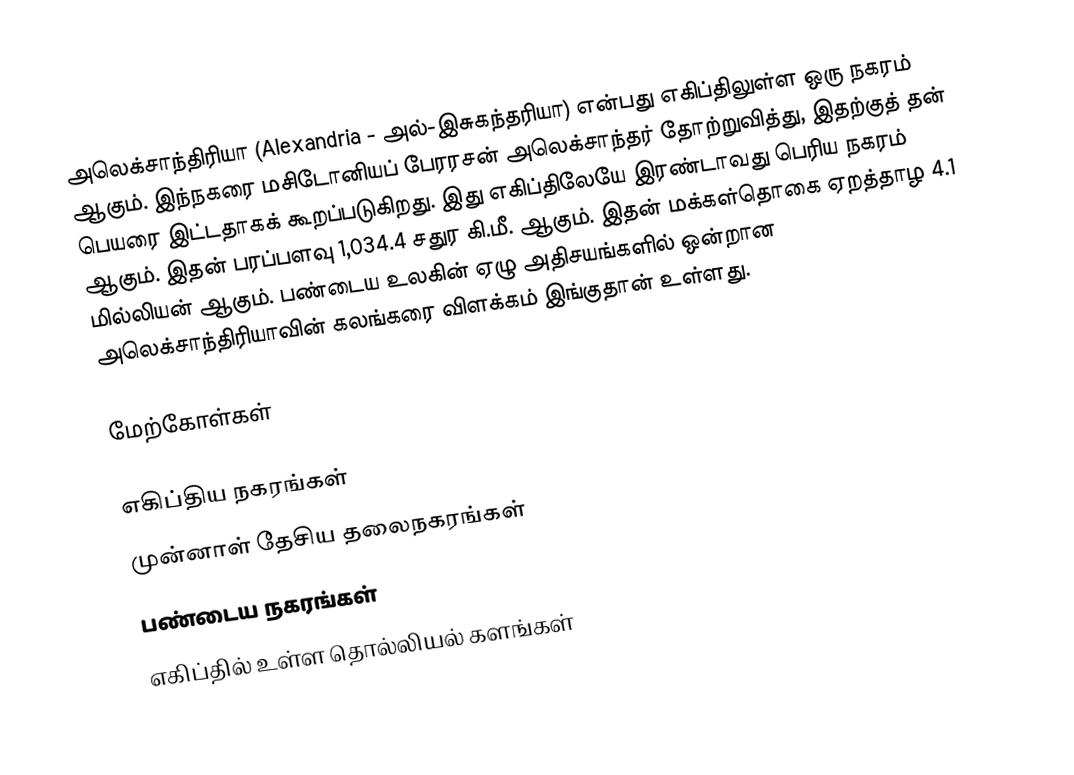
அலெக்சாந்திரியா (Alexandria - அல்-இசுகந்தரியா) என்பது எகிப்திலுள்ள ஒரு நகரம் ஆகும். இந்நகரை மசிடோனியப் பேரரசன் அலெக்சாந்தர் தோற்றுவித்து, இதற்குத் தன் பெயரை இட்டதாகக் கூறப்படுகிறது. இது எகிப்திலேயே இரண்டாவது பெரிய நகரம் ஆகும். இதன் பரப்பளவு 1,034.4 சதுர கி.மீ. ஆகும். இதன் மக்கள்தொகை ஏறத்தாழ 4.1 மில்லியன் ஆகும். பண்டைய உலகின் ஏழு அதிசயங்களில் ஒன்றான அலெக்சாந்திரியாவின் கலங்கரை விளக்கம் இங்குதான் உள்ளது.

மேற்கோள்கள்

எகிப்திய நகரங்கள்
முன்னாள் தேசிய தலைநகரங்கள்
பண்டைய நகரங்கள்
எகிப்தில் உள்ள தொல்லியல் களங்கள்